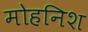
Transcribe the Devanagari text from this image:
मोहनिश